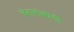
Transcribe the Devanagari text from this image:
चेतासंस्थेची